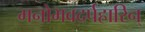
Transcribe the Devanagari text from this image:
मनोभवदर्पहारिन्